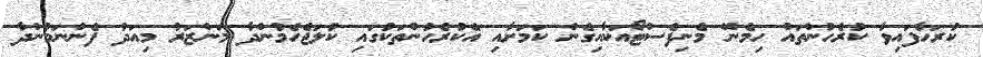
ކުރަހާފައިވާ ކުރެހުންތައް ހިމެނޭ މެނިފެސްޓޯއަކާއިގެން ކަމަށާއި އެކުރެހުންތަކުގައި ކުލަޖެހެމުންދާ މަންޒަރު މިއަދު ފެންނަމުންދާ